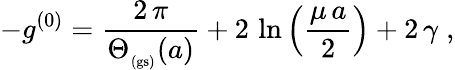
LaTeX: -g^{(0)}=\frac{2\, \pi}{\Theta_{_\mathrm{(gs)}}(a)}+2\, \ln\left(\frac{\mu\, a}{2}\right)+2\, \gamma\; ,